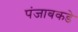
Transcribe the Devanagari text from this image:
पंजाबकडे